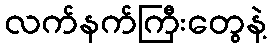
လက်နက်ကြီးတွေနဲ့